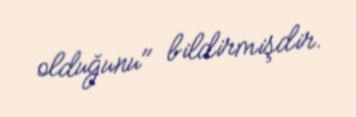
olduğunu" bildirmişdir.